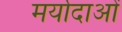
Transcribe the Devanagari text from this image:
मर्यादाआें